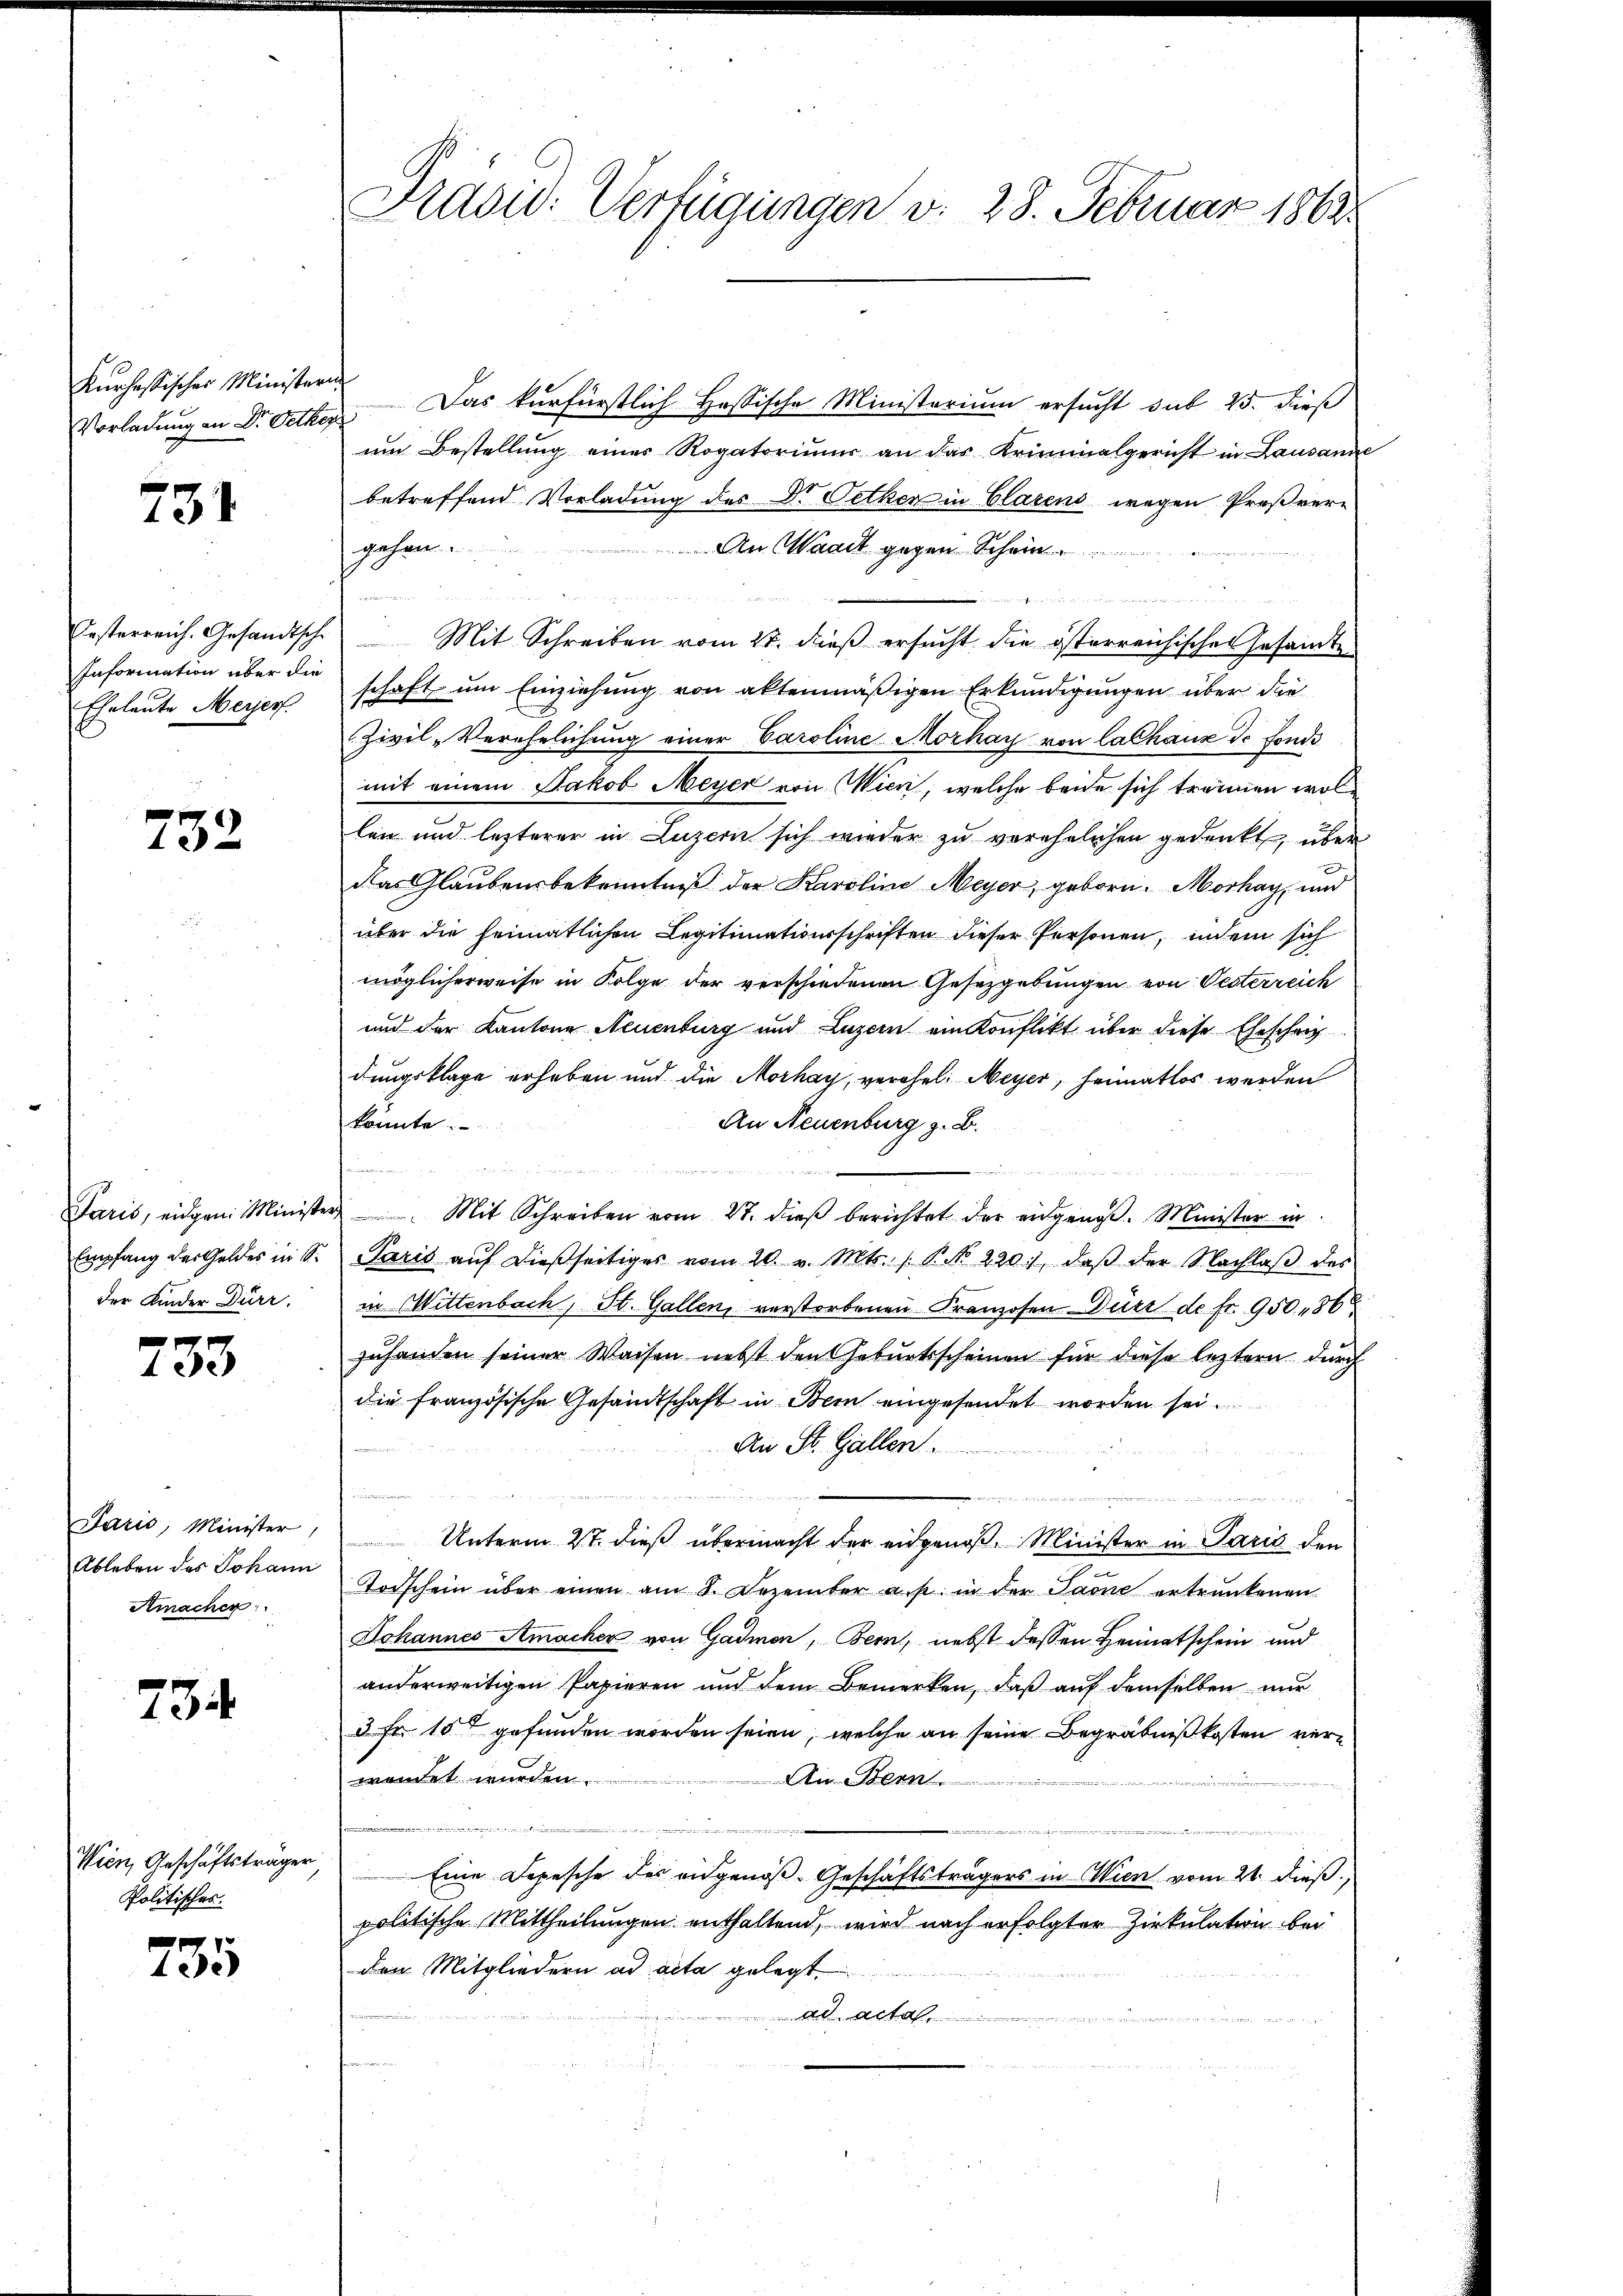
Kurhessisches Ministern.
Vorladung an Dr. Oetkez

731

Festerreich. Gesandtsche
Information über die
Eheleute Meyer.

732

Paris, eidgen. Minister
Empfang der Geldes in S.
der Kinder Dürr,

733

Jaris, Minister,
Ableben des Johann
Amacher:

734

Wien, Geschäftsträger
Politisches.

735

Präsid. Verfügungen v. 28. Februar 1862.

Das kurfürstlich Hassische Ministerium ersucht sub 25. dieß
um Bestellung einer Rogatorium an das Kriminalgericht in Lausanne
betreffend Vorladung des Dr. Oetker in Clasens wegen Preßvere
gehen.
An Waadt gegen Sch

Mit Schreiben vom 21. dieß ersucht die österreichische Gesandte
schaft um Einziehung von aktenmäßigen Erkundigungen über die
Zivil-Verehelichung einer Caroline Morhay von Cathaus de fonde
mit einem Jakob Meyer von Wien, welche beide sich trennen wollen und lezterer in Luzern sich wieder zu verehelichen gedenkt, über
Das Glaubensbekenntniß der Karoline Meyer, geborn. Morhay, und
über die heimatlichen Legitimationsschriften dieser Personen, indem sich
möglicherweise in Folge der verschiedenen Gesetzgebungen von Oesterreich
und der Kantone Neuenburg und Luzern ein Konflikt über diese Ehescheit
dungsklage erheben und die Morhay, verehel. Meyer, heimatlos werden
An Neuenburg z. B.
könnte.

gegen
Mit Schreiben vom 21. dieß berichtet der eidgenos. Minister in
Paris aŭf dießseitiger vom 20. v. Mts. B. d. 220, daβ der Nachlaβ des
in Wittenbach, St. Gallen, verstorbenen Franzosen uns de fr. 95086
zuhanden seiner Waisen nebst den Geburtsscheinen für diese leztern durch
die französische Gesandtschaft in Bern eingesendet worden sei.
An St. Gallen
e
n
Unterm 2t dieß übermacht der eidgenoß. Minister in Paris den
u
Todschein über einen am 8. Dezember a. p. in der Paone ertrunkenen
Johannes Amacher von Gadmen, Bern, nebst dessen Heimatschein und
anderweitigen Papieren und dem Bemerken, daß auf demselben nur
d. fr. 15t gefunden worden seien, welche an seine Begräbnißkosten verwendet wurden.
An Bern
d
Eine Depesche des eidgenöß- Geschäftsträgers in Wien vom 21. dieß,
politische Mittheilungen enthaltend, wird nach erfolgter Zirkulation bei
den Mitgliedern ad acta gelegt.
ad acta,